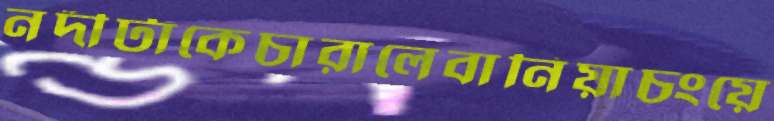
নদীটাকেচারালেবানিয়াচংয়ে